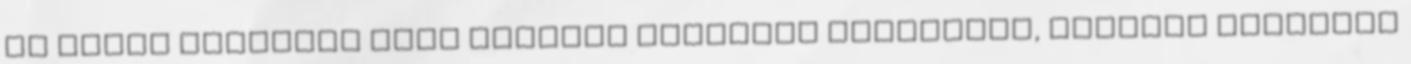
és Orbán Ráhellel lásd szintén említett cikkünket, illetve képünket